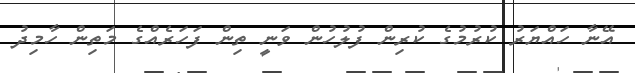
އޭނާ ހައްޔަރު ކުރުމުގެ ކުރިން ފުލުހުން ވަނީ ތިން ފަހަރެއްގެ މަތިން ހާމިދު